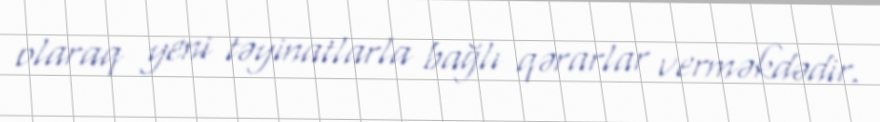
olaraq yeni təyinatlarla bağlı qərarlar verməkdədir.